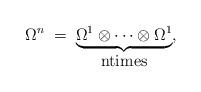
LaTeX: \begin{align*}\Omega^n \; = \;\underbrace{\Omega^1 \otimes \cdots\otimes \Omega^1}_{\hbox{ntimes}}, \end{align*}